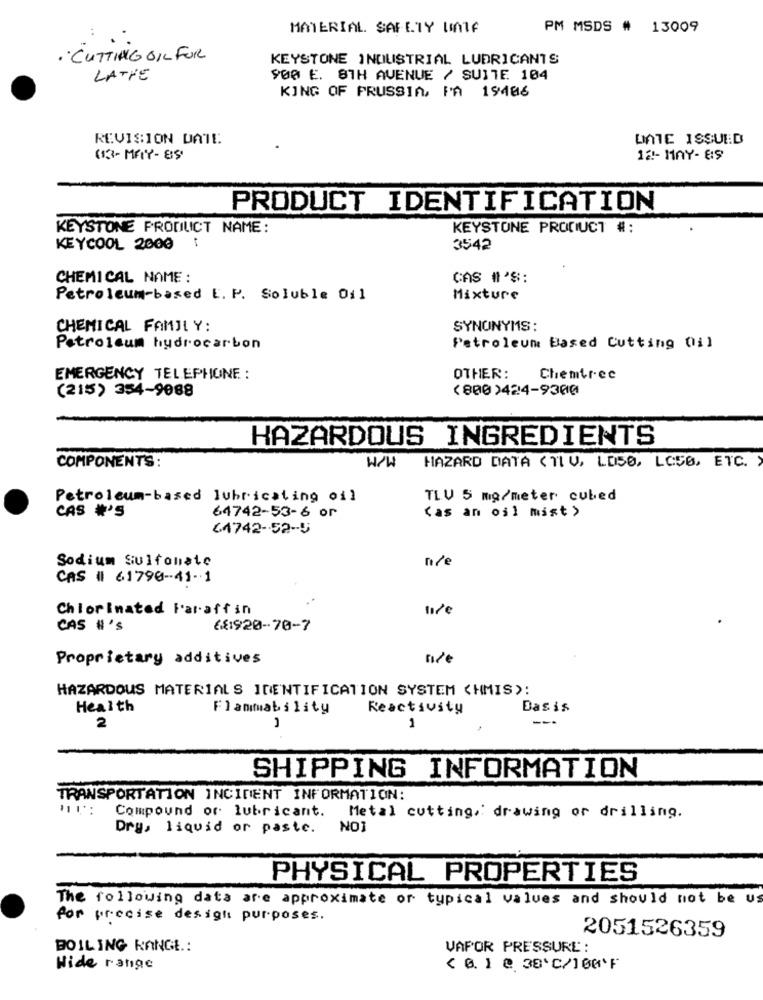
MATERIAL SAFETY UINIF
PM MSDS # 13009
. CUTTING OIL FOR
KEYSTONE INDUSTRIAL LUBRICANTS
LATTE
900 E. 8TH AVENUE / SUITE 104
KING OF PRUSSIA, FÅ 19406
REVISION DATE
UnTE ISSUED
(13 - MAY - 85
12- MAY- 89
PRODUCT IDENTIFICATION
KEYSTONE PRODUCT NAME:
KEYSTONE PRODUCT #:
KEYCOOL 2000
3542
CHEMICAL NAME:
CAS #'S:
Petroleum-based E. P. Soluble 011
Mixture
CHEMICAL FAMILY:
SYNONYMS:
Petroleum hydrocarbon
Petroleum Based Cutting 011
EMERGENCY TELEPHONE :
OTHER:
Chemtree
(215) 354-9088
(800 )424-9300
HAZARDOUS INGREDIENTS
COMPONENTS :
W/W
HAZARD DATA ( TLV, LOSO, LC50, ETC.
Petroleum-based lubricating oil
TLV 5 mg/meter cubed
64742-53-6 or
(as an oil mist >
CAS #'S
64742-52-5
Sodium Sulfonate
n/e
CAS # 61790-41-1
Chlorinated Paraffin
tive
CAS H'S
681920-70-7
Proprietary additives
HAZARDOUS MATERIALS IDENTIFICATION SYSTEM (HMIS):
Health
Flammability
Reactivity
Dasis
2
1
1
SHIPPING INFORMATION
TRANSPORTATION INCIDENT INFORMATION:
Compound or lubricant. Metal cutting, drawing or drilling.
Dry, liquid or paste.
NO3
PHYSICAL PROPERTIES
The following data are approximate or typical values and should not be us
for precise design purposes.
2051526359
BOILING RANGE .:
VAPOR PRESSURE :
Hide range
< 0. 1 @ 38'℃/100'F